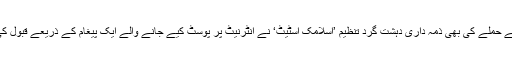
اس نئے حملے کی بھی ذمہ داری دہشت گرد تنظیم ’اسلامک اسٹیٹ‘ نے انٹرنیٹ پر پوسٹ کیے جانے والے ایک پیغام کے ذریعے قبول کی ہے۔